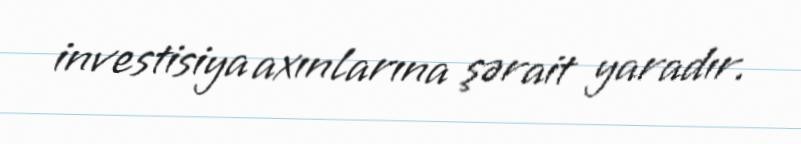
investisiya axınlarına şərait yaradır.